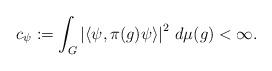
LaTeX: \begin{align*}c_\psi := \int_G \left| \langle \psi, \pi(g)\psi \rangle \right|^2\,d\mu(g) < \infty.\end{align*}